Annual report of the Punjab Veterinary College and of the Civil Veterinary Department, Punjab - 1909-1919
Year: 1909
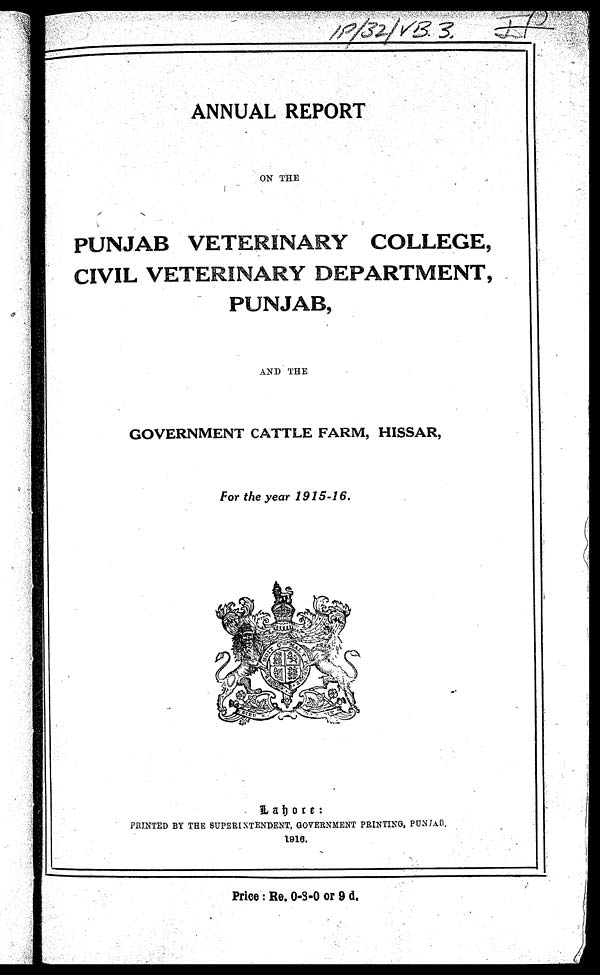
ANNUAL REPORT
ON THE
PUNJAB VETERINARY COLLEGE,
CIVIL VETERINARY DEPARTMENT,
PUNJAB,
AND THE
GOVERNMENT CATTLE FARM, HISSAR,
For the year 1915-16.
Lahore :
PRINTED BY THE SUPERINTENDENT, GOVERNMENT PRINTING, PUNJAB.
1916.
Price: Re. 0-8-0 or 9 d.